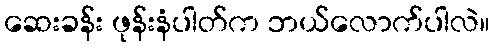
ဆေးခန်း ဖုန်းနံပါတ်က ဘယ်လောက်ပါလဲ။